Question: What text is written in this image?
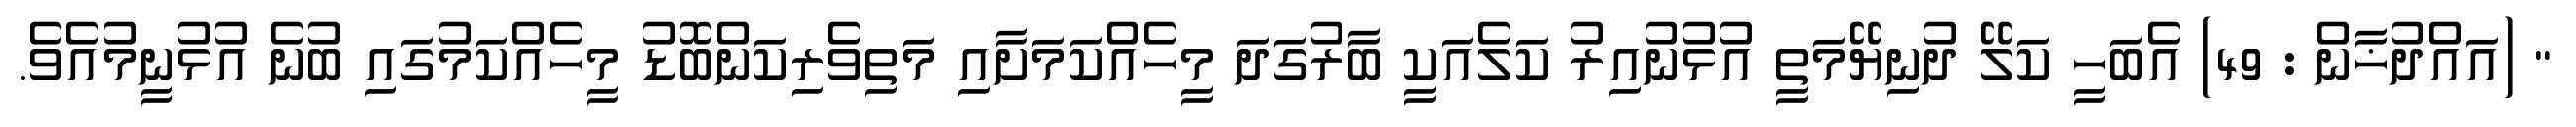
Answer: " (އައްދުޚާން : 49) އެބަހީ ކަލޭ ދުނިޔޭމަތީ އުޅުނުއިރު ކަލެއަކީ ބާރުގަދަ މީހެއްކަމަށާއި މަތިވެރިކަންބޮޑު މީހެއްކަމުގައި ބުނެ އުޅުނީމުއެވެ.